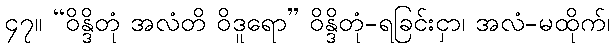
၄၇။ “ဝိန္ဒိတုံ အလံတိ ဝိဒူရော” ဝိန္ဒိတုံ-ရခြင်းငှာ၊ အလံ-မထိုက်၊